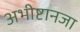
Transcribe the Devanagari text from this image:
अभीष्टानजा